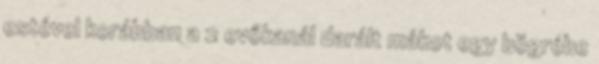
estével korábban a 2 evőkanál darált mákot egy bögrébe